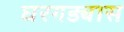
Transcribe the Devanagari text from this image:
घरगड्यास